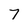
Character: 7